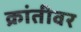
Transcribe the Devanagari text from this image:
क्रांतीवर